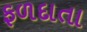
ફળદાતા